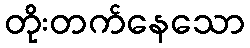
တိုးတက်နေသော